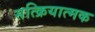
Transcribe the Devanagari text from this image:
सत्क्रियात्मक